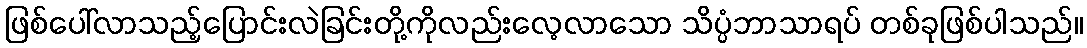
ဖြစ်ပေါ်လာသည့်ပြောင်းလဲခြင်းတို့ကိုလည်းလေ့လာသော သိပ္ပံဘာသာရပ် တစ်ခုဖြစ်ပါသည်။